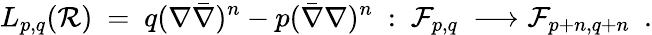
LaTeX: L_{p,q}({\cal R})\ =\ q(\nabla\bar{\nabla})^{n}-p(\bar{\nabla}\nabla)^{n}\ :\ {\cal F}_{p,q}\ \longrightarrow{\cal F}_{p+n,q+n}\ \ .